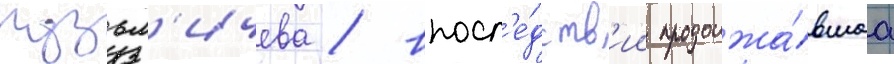
кузьм'ичева / впосл'е́дств'ии продолжа́вшаа